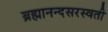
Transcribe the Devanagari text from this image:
ब्रह्मानन्दसरस्वती